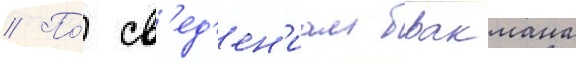
// По́ св'ед'ен'иам бракмана